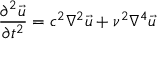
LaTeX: { \frac { \partial ^ { 2 } { \vec { u } } } { \partial t ^ { 2 } } } = c ^ { 2 } { \nabla ^ { 2 } } { \vec { u } } + \nu ^ { 2 } { \nabla ^ { 4 } } { \vec { u } }